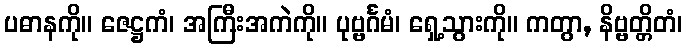
ပဓာနကို။ ဇေဋ္ဌကံ၊ အကြီးအကဲကို။ ပုဗ္ဗင်္ဂမံ၊ ရှေ့သွားကို။ ကတွာ, နိဗ္ဗတ္တိတံ၊